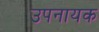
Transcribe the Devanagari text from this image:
उपनायक